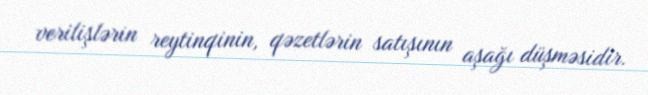
verilişlərin reytinqinin, qəzetlərin satışının aşağı düşməsidir.